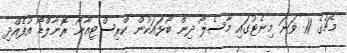
މެޗުގެ 11 ވަނަ މިނެޓުގައި މާސެލޯ ދިން ބޯޅައަކުން ކްރިސްޓިއާނޯ ރޮނާލްޑޯ އުފެއްދި